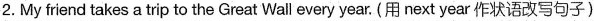
2. My frend takes a trip to the Great Wall every year.(用 next year 作状语改写句子)